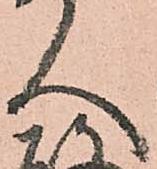
人